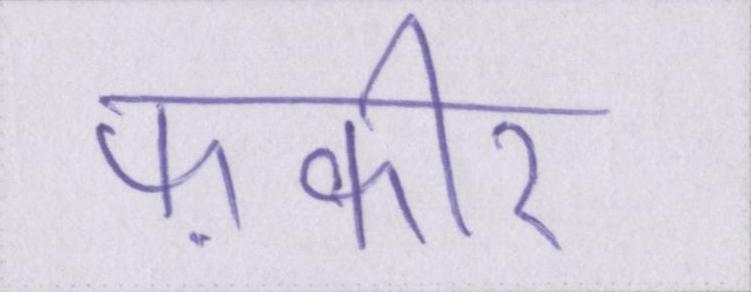
फ़कीर